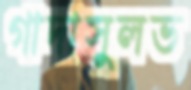
গাদাসুলভ